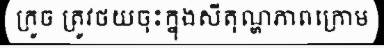
ក្រូច ត្រូវថយចុះក្នុងសីតុណ្ហភាពក្រោម